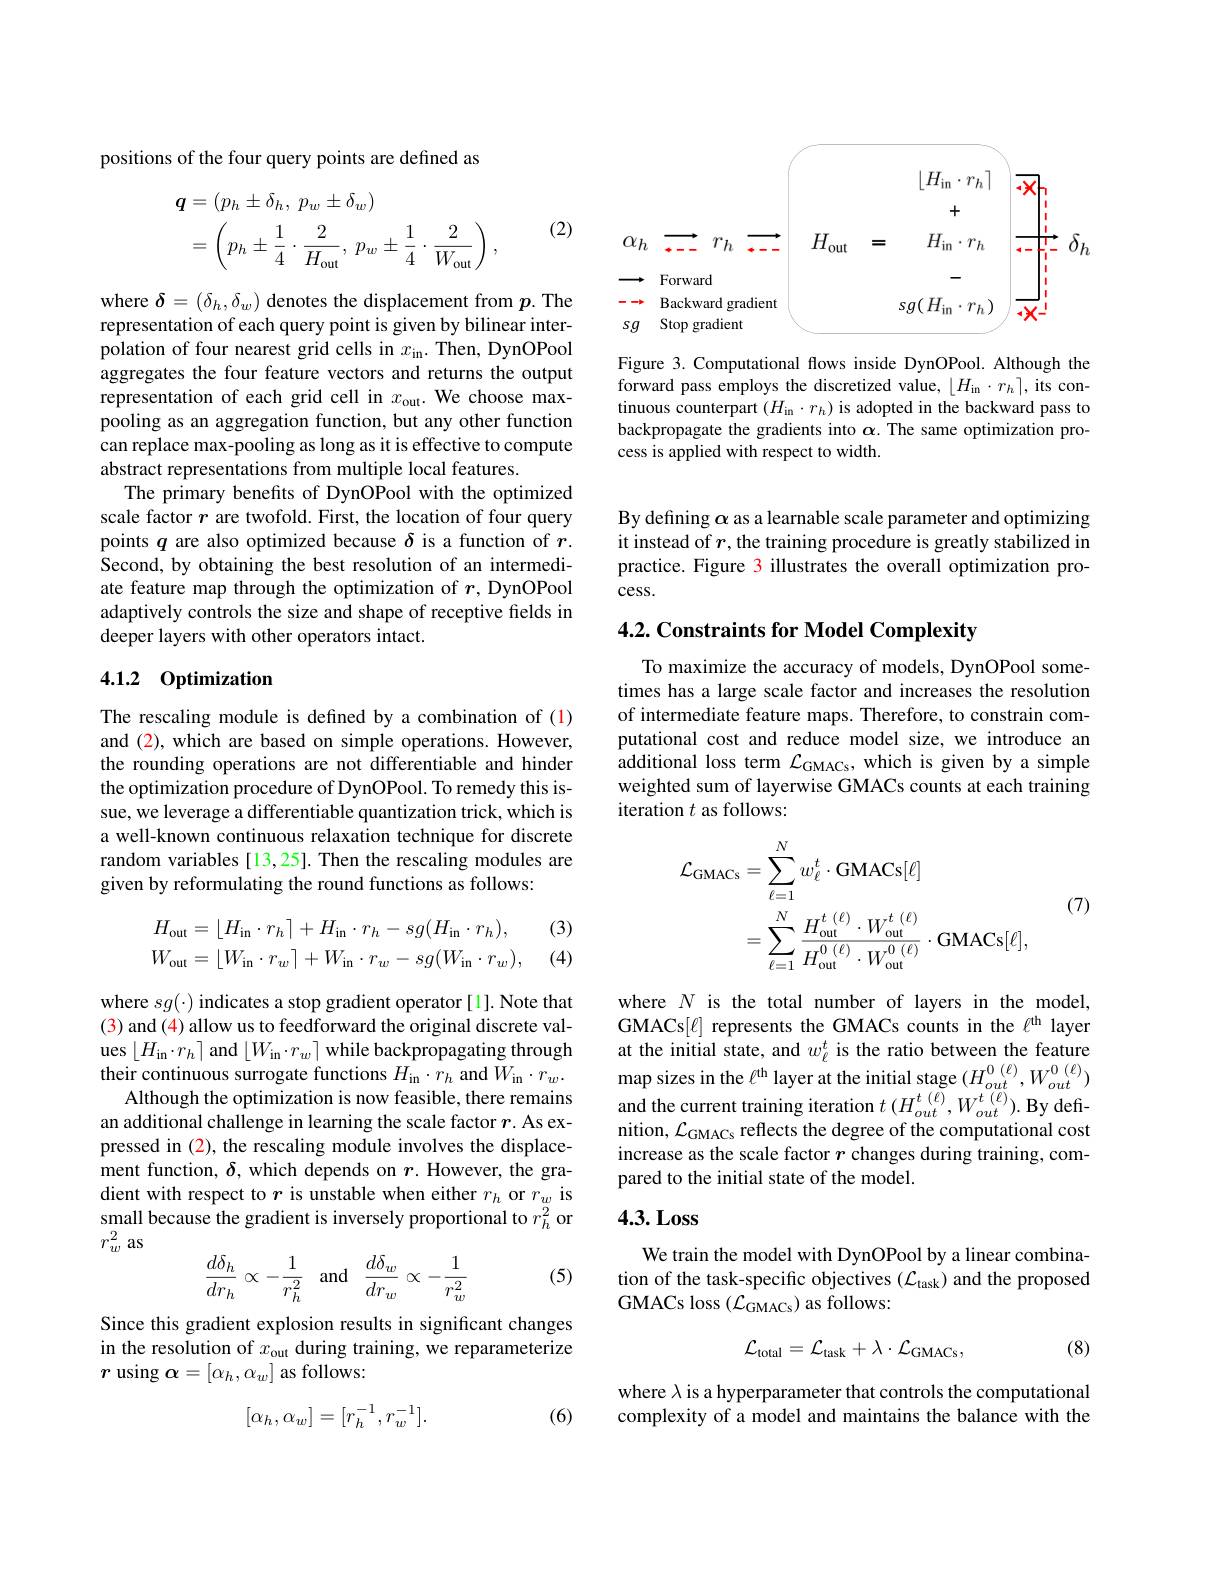
<FigureHere>

Figure 3. Computational flows inside DynOPool. Although the forward pass employs the discretized value, $\left\lfloor H_{\mathrm{in}}\cdot r_{h}\right\rceil$, its continuous counterpart $(H_\mathrm{in}\cdot r_{h})$ is adopted in the backward pass to backpropagate the gradients into $\alpha.$ The same optimization process is applied with respect to width.

positions of the four query points are defined as

(2)
$$\begin{aligned}\boldsymbol{q}&=(p_{h}\pm\delta_{h},\:p_{w}\pm\delta_{w})\\&=\left(p_{h}\pm\frac{1}{4}\cdot\frac{2}{H_{\mathrm{out}}},\:p_{w}\pm\frac{1}{4}\cdot\frac{2}{W_{\mathrm{out}}}\right),\end{aligned}$$
where $\delta=(\delta_{h},\delta_{w})$ denotes the displacement from $p.$ The representation of each query point is given by bilinear interpolation of four nearest grid cells in $x_\mathrm{in}.$ Then, DynOPool aggregates the four feature vectors and returns the output representation of each grid cell in $x_\mathrm{out}.$ We choose maxpooling as an aggregation function, but any other function can replace max-pooling as long as it is effective to compute abstract representations from multiple local features.
The primary benefits of DynOPool with the optimized scale factor $r$ are twofold. First, the location of four query points $q$ are also optimized because $\delta$ is a function of $r.$ Second, by obtaining the best resolution of an intermediate feature map through the optimization of $r$, DynOPool adaptively controls the size and shape of receptive fields in deeper layers with other operators intact.

### 4.1.2 0ptimization

The rescaling module is defined by a combination of (1) and (2), which are based on simple operations. However, the rounding operations are not differentiable and hinder the optimization procedure of DynOPool. To remedy this issue, we leverage a differentiable quantization trick, which is a well-known continuous relaxation technique for discrete random variables [13,25]. Then the rescaling modules are given by reformulating the round functions as follows:

(3)

(4)
$$H_{\mathrm{out}}=\lfloor H_{\mathrm{in}}\cdot r_{h}\rceil+H_{\mathrm{in}}\cdot r_{h}-sg(H_{\mathrm{in}}\cdot r_{h}),\\W_{\mathrm{out}}=\lfloor W_{\mathrm{in}}\cdot r_{w}\rceil+W_{\mathrm{in}}\cdot r_{w}-sg(W_{\mathrm{in}}\cdot r_{w}),$$
where $sg(\cdot)$ indicates a stop gradient operator[1]. Note that (3) and (4) allow us to feedforward the original discrete values $\left\lfloor H_{\mathrm{in}}\cdot r_{h}\right\rceil$ and $\left\lfloor W_{\mathrm{in}}\cdot r_{w}\right\rceil$ while backpropagating through their continuous surrogate functions $H_\mathrm{in}\cdot r_{h}$ and $W_\mathrm{in}\cdot r_w.$
Although the optimization is now feasible, there remains an additional challenge in learning the scale factor $r.$ As expressed in (2), the rescaling module involves the displacement function, $\delta$, which depends on $r.$ However, the gradient with respect to $r$ is unstable when either $r_h$ or $r_w$ is small because the gradient is inversely proportional to $r_h^2$ or $r_w^2$ as

(5)
$$\dfrac{d\delta_h}{dr_h}\propto-\dfrac{1}{r_h^2}\quad\text{and}\quad\dfrac{d\delta_w}{dr_w}\propto-\dfrac{1}{r_w^2}$$
Since this gradient explosion results in significant changes in the resolution of $x_\mathrm{out}$ during training, we reparameterize $r$ using $\boldsymbol\alpha=[\alpha_h,\alpha_w]$ as follows:

(6)
$$[\alpha_h,\alpha_w]=[r_h^{-1},r_w^{-1}].$$
By defining $\alpha$ as a learnable scale parameter and optimizing it instead of $r$, the training procedure is greatly stabilized in practice. Figure 3 illustrates the overall optimization pro- $cess.$

4.2. Constraints for Model Complexity

To maximize the accuracy of models, DynOPool sometimes has a large scale factor and increases the resolution of intermediate feature maps. Therefore, to constrain computational cost and reduce model size, we introduce an additional loss term $\mathcal{L}_\mathrm{GMACs}$, which is given by a simple weighted sum of layerwise GMACs counts at each training iteration $t$ as follows:
$$\begin{aligned}\mathcal{L}_{\mathrm{GMACs}}&=\sum_{\ell=1}^{N}w_{\ell}^{t}\cdot\mathrm{GMACs}[\ell]\\&=\sum_{\ell=1}^{N}\frac{H_{\mathrm{out}}^{t\:(\ell)}\cdot W_{\mathrm{out}}^{t\:(\ell)}}{H_{\mathrm{out}}^{0\:(\ell)}\cdot W_{\mathrm{out}}^{0\:(\ell)}}\cdot\mathrm{GMACs}[\ell],\end{aligned}$$
(7)

where $N$ is the total number of layers in the model, GMACs$[\ell]$ represents the GMACs counts in the $\ell^\mathrm{th}$ layer at the initial state, and $w_\ell^t$ is the ratio between the feature map sizes in the $\ell^\mathrm{th}$ layer at the initial stage $(H_out^0(\ell),W_{out}^0^{(\ell)})$ and the current training iteration $t\left(H_{out}^{t},W_{out}^{t}\right).$ By definition, $\mathcal{L}_\mathrm{GMACs~reflects~the~degree~of~the~computational~cost}$ increase as the scale factor $r$ changes during training, compared to the initial state of the model.

## 4.3.Loss

We train the model with DynOPool by a linear combination of the task-specific objectives $(\mathcal{L}_\mathrm{task})$ and the proposed GMACs loss $(\mathcal{L}_{\mathrm{GMACs}})$ as follows:
$$\mathcal{L}_{\mathrm{total}}=\mathcal{L}_{\mathrm{task}}+\lambda\cdot\mathcal{L}_{\mathrm{GMACs}},$$
(8)

where $\lambda$ is a hyperparameter that controls the computational complexity of a model and maintains the balance with the